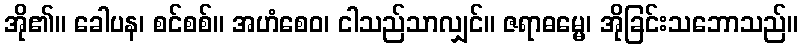
အို၏။ ခေါပန၊ စင်စစ်။ အဟံစေဝ၊ ငါသည်သာလျှင်။ ဇရာဓမ္မေ၊ အိုခြင်းသဘောသည်။